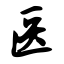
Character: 医